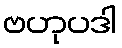
ဗဟုပဒါ